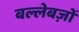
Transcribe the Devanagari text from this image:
बल्लेबज़ों